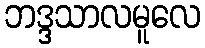
ဘဒ္ဒသာလမူလေ